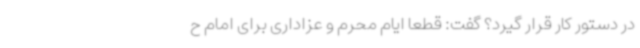
در دستور کار قرار گیرد؟ گفت: قطعا ایام محرم و عزاداری برای امام ح